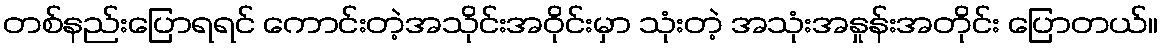
တစ်နည်းပြောရရင် ကောင်းတဲ့အသိုင်းအဝိုင်းမှာ သုံးတဲ့ အသုံးအနှုန်းအတိုင်း ပြောတယ်။